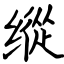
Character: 绗